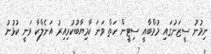
ނިމުނު ސީޒަނުގައި މުމްބާއީ ސިޓީން ހަތް ވަނަ ކާމިޔާބުކުރިއިރު އަނެލްކާ ވަނީ ކުޅުނު